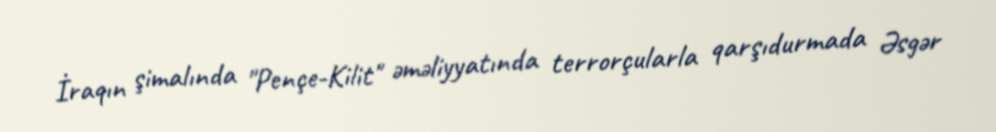
İraqın şimalında "Pençe-Kilit" əməliyyatında terrorçularla qarşıdurmada Əsgər